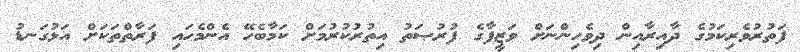
ފަތުރުވެރިކަމުގެ ދާއިރާއިން ދިވެހިންނަށް ވަޒީފާގެ ފުރުޞަތު އިތުރުކުރުމަށް ކަމާބެހޭ އެންމެހައި ފަރާތްތަކަށް އަޅުގަނޑު